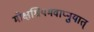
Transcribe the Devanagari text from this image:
मोक्षश्रियमवाप्नुयात्